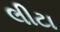
લીટા